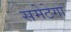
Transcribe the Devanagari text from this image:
समेटेगा